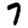
Digit: 7